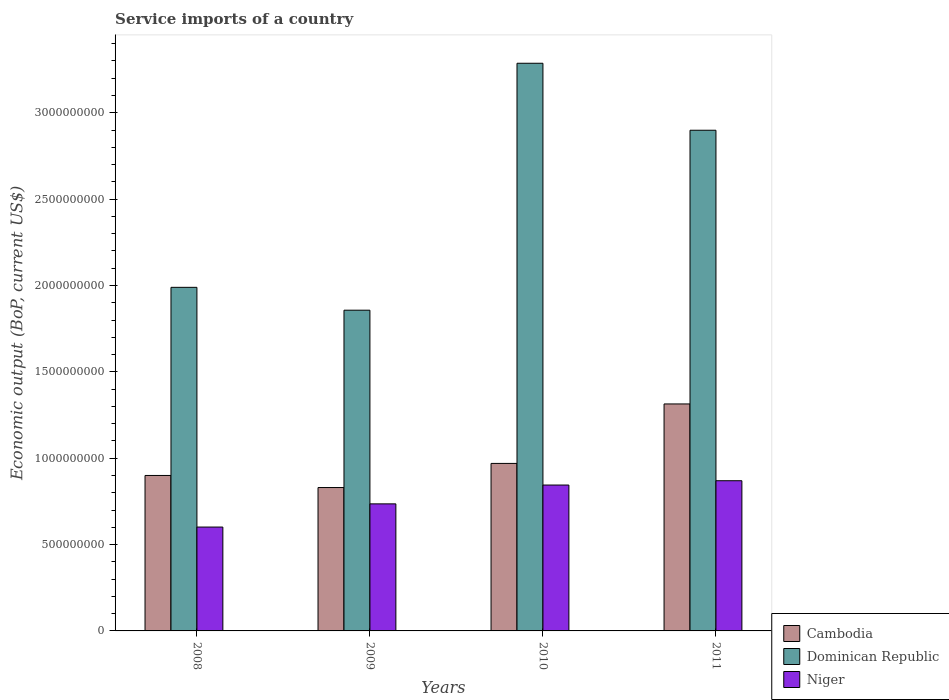
| Years | Cambodia | Dominican Republic | Niger |
 | --- | --- | --- | --- |
 | 2008 | 9e+08 | 1.99e+09 | 6.01e+08 |
 | 2009 | 8.3e+08 | 1.86e+09 | 7.36e+08 |
 | 2010 | 9.7e+08 | 3.29e+09 | 8.45e+08 |
 | 2011 | 1.31e+09 | 2.9e+09 | 8.7e+08 |